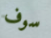
سوف